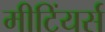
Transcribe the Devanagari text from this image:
मीटिंयर्स